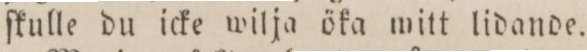
ſkulle du icke wilja öka mitt lidande.